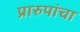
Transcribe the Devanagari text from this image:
प्रारुपांचा